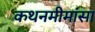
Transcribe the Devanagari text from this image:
कथनमीमांसा